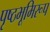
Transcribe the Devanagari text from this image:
पृष्ठभूमिरूप